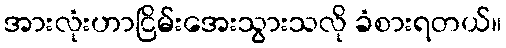
အားလုံးဟာငြိမ်းအေးသွားသလို ခံစားရတယ်။